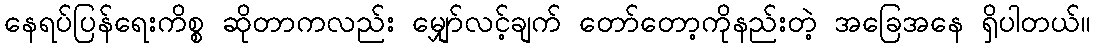
နေရပ်ပြန်ရေးကိစ္စ ဆိုတာကလည်း မျှော်လင့်ချက် တော်တော့ကိုနည်းတဲ့ အခြေအနေ ရှိပါတယ်။